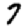
Digit: 7